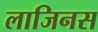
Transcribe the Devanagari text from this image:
लाजिनस